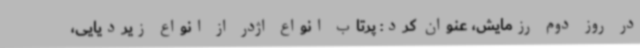
در روز دوم رزمایش، عنوان کرد: پرتاب انواع اژدر از انواع زیردیایی،